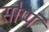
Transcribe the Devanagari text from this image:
सोप्पं